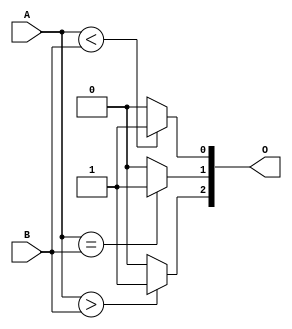
//CH2_4COMPARE.V

module CH2_4COMPARE(
	A, B,
	O
	);

input [3:0]A, B;
output [2:0]O;

wire [2:0]O;

assign O[2] = (A>B)?1'b1 : 1'b0;
assign O[1] = (A==B)?1'b1 : 1'b0;
assign O[0] = (A<B)?1'b1 : 1'b0;

endmodule